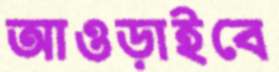
আওড়াইবে